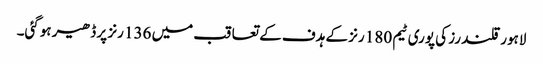
لاہور قلندرز کی پوری ٹیم 180 رنز کے ہدف کے تعاقب میں 136 رنز پر ڈھیر ہوگئی۔